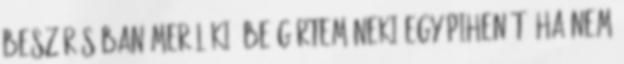
beszúrásában merül ki. Beígértem neki egy pihenőt, ha nem